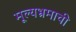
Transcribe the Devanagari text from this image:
मूल्यभ्रमाची